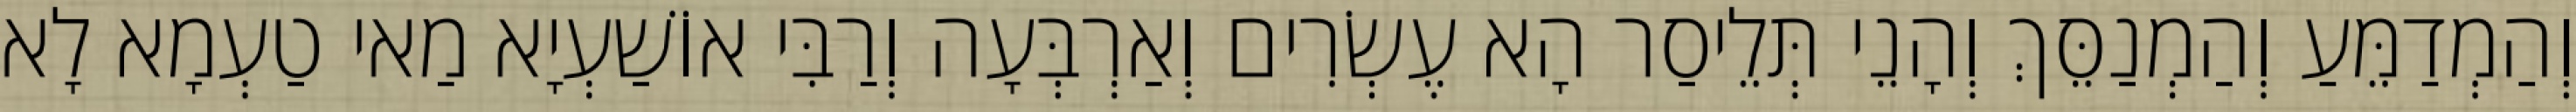
וְהַמְדַמֵּעַ וְהַמְנַסֵּךְ וְהָנֵי תְּלֵיסַר הָא עֶשְׂרִים וְאַרְבְּעָה וְרַבִּי אוֹשַׁעְיָא מַאי טַעְמָא לָא